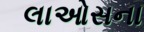
લાઓસના